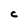
Character: c